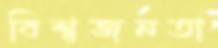
বিশ্বজনতা